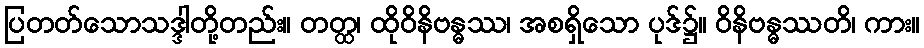
ပြတတ်သောသဒ္ဒါတို့တည်း။ တတ္ထ၊ ထိုဝိနိဗန္ဓဿ၊ အစရှိသော ပုဒ်၌။ ဝိနိဗန္ဓဿတိ၊ ကား။